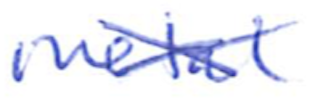
Text: metal
Cross-out: cross
Writing tool: ballpoint